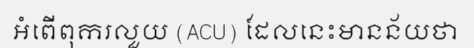
អំពើពុករលួយ (ACU) ដែលនេះមានន័យថា